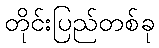
တိုင်းပြည်တစ်ခု